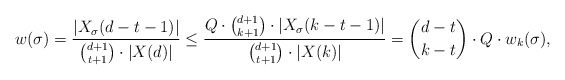
\begin{align*}w(\sigma) = \frac{|X_\sigma(d-t-1)|}{{d+1 \choose t+1}\cdot |X(d)|} \leq \frac{Q \cdot {d+1 \choose k+1} \cdot |X_\sigma(k-t-1)|}{{d+1 \choose t+1} \cdot |X(k)|} = {d-t \choose k-t} \cdot Q \cdot w_k(\sigma),\end{align*}